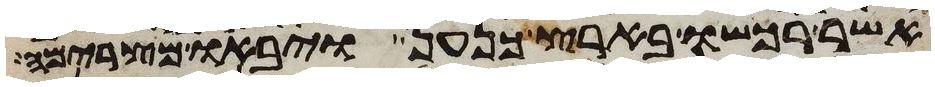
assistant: אשר רכשו בארץ כנען ויבאו מצרימה